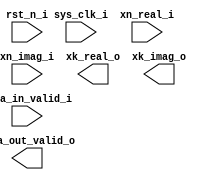
module fft_n4_base_n4 #(
    parameter                           DATA_WIDTH                = 32
) (
    input                               sys_clk_i                  ,
    input                               rst_n_i                    ,

    input                               data_in_valid_i            ,// first word
    input       signed [DATA_WIDTH-1: 0]xn_real_i                  ,
    input       signed [DATA_WIDTH-1: 0]xn_imag_i                  ,

    output                              data_out_valid_o           ,
    output reg  signed [DATA_WIDTH: 0]  xk_real_o                  ,
    output reg  signed [DATA_WIDTH: 0]  xk_imag_o                   
);

endmodule